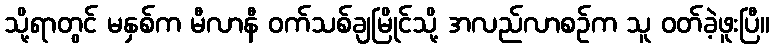
သို့ရာတွင် မနှစ်က မီလာနီ ဝက်သစ်ချမြိုင်သို့ အလည်လာစဉ်က သူ ဝတ်ခဲ့ဖူးပြီ။